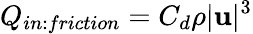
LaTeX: Q_{in:friction}=C_{d}\rho|\mathbf{u}|^{3}